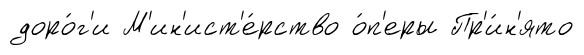
доро́г'и М'ин'ист'е́рство о́п'еры Пр'и́н'ято